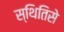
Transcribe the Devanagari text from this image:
स्थितिसे